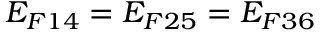
E _ { F 1 4 } = E _ { F 2 5 } = E _ { F 3 6 }